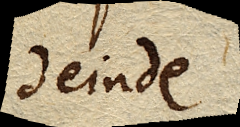
deinde